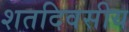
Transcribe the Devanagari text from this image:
शतदिवसीय